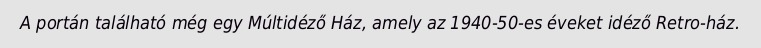
A portán található még egy Múltidéző Ház, amely az 1940-50-es éveket idéző Retro-ház.